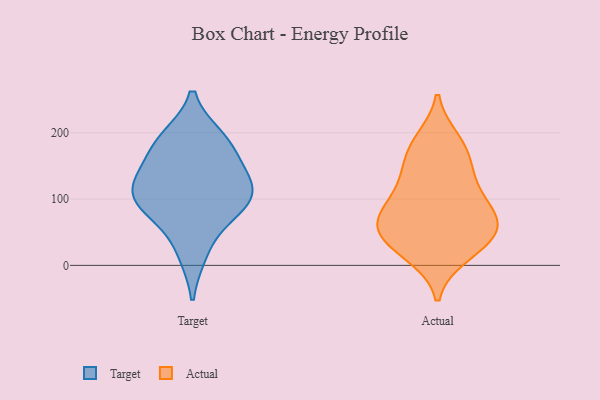
{"axis": {"x": "Humidity (%)", "y": "Value"}, "legend": ["Actual", "Target"], "data": [{"x": "", "y": 187, "type": "Target"}, {"x": "", "y": 120, "type": "Target"}, {"x": "", "y": 168, "type": "Target"}, {"x": "", "y": 118, "type": "Target"}, {"x": "", "y": 19, "type": "Target"}, {"x": "", "y": 129, "type": "Target"}, {"x": "", "y": 99, "type": "Target"}, {"x": "", "y": 77, "type": "Target"}, {"x": "", "y": 88, "type": "Target"}, {"x": "", "y": 191, "type": "Target"}, {"x": "", "y": 37, "type": "Actual"}, {"x": "", "y": 134, "type": "Actual"}, {"x": "", "y": 51, "type": "Actual"}, {"x": "", "y": 81, "type": "Actual"}, {"x": "", "y": 74, "type": "Actual"}, {"x": "", "y": 190, "type": "Actual"}, {"x": "", "y": 121, "type": "Actual"}, {"x": "", "y": 166, "type": "Actual"}, {"x": "", "y": 108, "type": "Actual"}, {"x": "", "y": 187, "type": "Actual"}, {"x": "", "y": 63, "type": "Actual"}, {"x": "", "y": 88, "type": "Actual"}, {"x": "", "y": 14, "type": "Actual"}, {"x": "", "y": 15, "type": "Actual"}, {"x": "", "y": 49, "type": "Actual"}, {"x": "", "y": 41, "type": "Actual"}, {"x": "", "y": 66, "type": "Actual"}, {"x": "", "y": 153, "type": "Actual"}]}